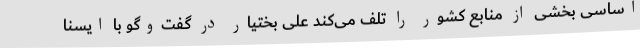
اساسی بخشی از منابع کشور را تلف می‌کند علی بختیار در گفت‌وگو با ایسنا